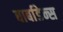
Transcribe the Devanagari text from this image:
बार्बाडेन्स